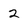
Character: 2